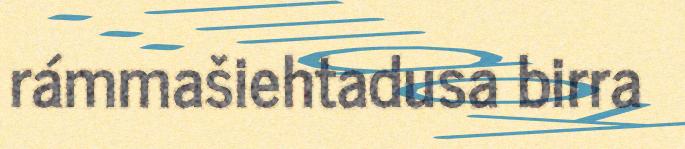
rámmašiehtadusa birra